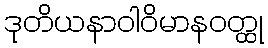
ဒုတိယနာဝါဝိမာနဝတ္ထု